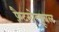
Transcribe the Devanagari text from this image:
फ़ैटसोल्यूबल